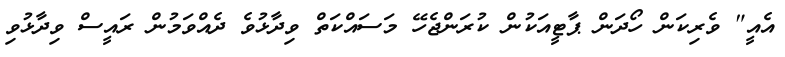
އެއީ" ވެރިކަން ހޯދަން ޕާޓީއަކުން ކުރަންޖެހޭ މަސައްކަތް ވިދާޅުވެ ދެެއްވަމުން ރައީސް ވިދާޅުވި